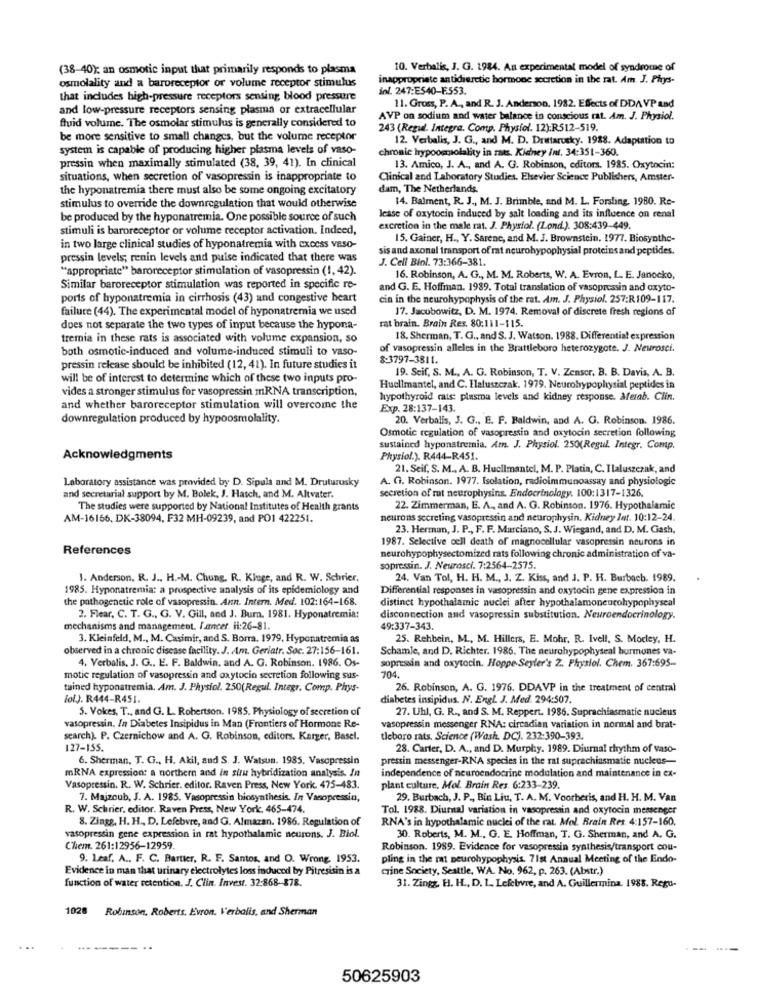
(38-40); an osmotic input that primarily responds to plasma
10. Verbalis, J. G. 1984. An experimental model of syndrome of
osmolality and a baroreceptor or volume receptor stimulus
inappropriate antidieretic hormone secretion in the rat. Am. J. Phys-
inl. 247:ES40-F.553.
that includes high-pressure receptors sensing blood pressure
and low-pressure receptors sensing plasma or extracellular
11. Gross, P. A ., and R. J. Anderson, 1982. Effects of DDA VP and
AVP on sodium and water balance in conscious rat. Am. J. Physiol.
fluid volume. The osmolar stimulus is generally considered to
243 (Regul. Integra. Comp. Physiol. 12):R512-519.
be more sensitive to small changes, but the volume receptor
12. Verbalis, J. G ., and M. D. Drattarocky. 1928. Adaptation to
system is capable of producing higher plasma levels of vaso-
chronic hrypoosmolality in rats. Kidney int. 34:351-360.
pressin when maximally stimulated (38, 39, 41). In clinical
13. Amico, J. A ., and A. G. Robinson, editors. 1985. Oxytocin:
situations, when secretion of vasopressin is inappropriate to
Clinical and Laboratory Studies. Elsevier Science Publishers, Amster-
the hyponatremia there must also be some ongoing excitatory
dam, The Netherlands.
14. Balment, R. J ., M. J. Brimble, and M. L. Forsling, 1980. Re-
stimulus to override the downregulation that would otherwise
be produced by the hyponatremia. One possible source of such
lease of oxytocin induced by salt loading and its influence on renal
stimuli is baroreceptor or volume receptor activation. Indeed,
excretion in the male rat. J. Physiol. (Lond.). 308:439-449.
15. Gainer, H ., Y. Sarene, and M. J. Brownstein, 1977. Biosynthe-
in two large clinical studies of hyponatremia with cxocss vaso-
sis and axonal transport of rat neurohypophysial proteinsand peptides.
pressin levels; renin levels and pulse indicated that there was
J. Cell Biol. 73:366-381.
"appropriate" baroreceptor stimulation of vasopressin (1, 42).
16. Robinson, A. G ., M. M. Roberts, W. A. Evron, L. E. Janocko,
Similar baroreceptor stimulation was reported in specific re-
and G. E. Hoffman. 1989. Total translation of vasopressin and oxyto-
ports of hyponatremia in cirrhosis (43) and congestive heart
cin in the neurohypophysis of the rat. Am. J. Physiol. 257:R109-117.
failure (44). The experimental model of hyponatremia we used
17. Jacobowitz, D. M. 1974. Removal of discrete fresh regions of
does not separate the two types of input because the hypona-
rat brain. Brain Res. 80:111-115.
tremia in these rats is associated with volume expansion, so
18. Sherman, T. G ., and S. J. Watson. 1988. Differential expression
both osmotic-induced and volume-induced stimuli to vaso-
of vasopressin alleles in the Brattleboro heterozygote. J. Neurosci.
8:3797-3811.
pressin release should be inhibited (12, 41). In future studies it
19. Seif, S. M ., A. G. Robinson, T. V. Zenser. B. B. Davis, A. B.
will be of interest to determine which of these two inputs pro-
vides a stronger stimulus for vasopressin mRNA transcription,
Huelimantel, and C. Haluszczak. 1979. Neurohypophysial peptides in
hypothyroid cats: plasma levels and kidney response. Merab. Clin.
and whether baroreceptor stimulation will overcome the
Exp. 28:137-143.
downregulation produced by hypoosmolality.
20. Verbalis, J. G ., E. F. Baldwin, and A. G. Robinson. 1986.
Osmotic regulation of vasopressin and oxytocin secretion following
sustained hyponatremia, Am. J. Physiol. 250(Regul. Integr. Comp.
Acknowledgments
Physiol.). R444-R451.
21. Seif, S. M ., A. B. Huclimantel, M. P. Platia, C. Ilaluszczak, and
Laboratory assistance was provided by D. Sipula and M. Druturusky
A. G. Robinson. 1977. Isolation, radioimmunoassay and physiologic
secretion of rat neurophysins. Endocrinology. 100:1317-1326.
and secretarial support by M. Bolek, J. Hasch, and M. Altvater.
The studies were supported by National Institutes of Health grants
22. Zimmerman, E. A ., and A. G. Robinson. 1976. Hypothalamic
AM-16166. DK-38094, F32 MH-09239, and PO1 422251.
neurons secreting vasopressin and neurophysin. Kidney Int. 10:12-24.
23. Herman, J. P ., F. F. Murciano, S. J. Wiegand, and D. M. Gash.
1987. Selective cell death of magnocellular vasopressin neurons in
References
neurohypophysectomized rats following chronic administration of va-
sopressin. J. Neurosci. 7:2564-2575.
J. Anderson, R. J .. H .- M. Chung. R. Kluge, and R. W. Schrier.
24. Van Tol, H. H. M ., J. Z. Kiss, and J. P. H. Burbach. 1989.
1985. Hyponatremia: a prospective analysis of its epidemiology and
Differential responses in vasopressin and oxytocin gene expression in
the pathogenetic role of vasopressin. Ann. Intern. Med. 102:164-168.
distinct hypothalamic nuclei after hypothalamusohypophyseal
2. Flear, C. T. G ., G. V. Gill, and J. Bura. 1981. Hyponatremia:
disconnection and vasopressin substitution. Neuroendocrinology.
mechanisms and management. I.ancer. Hi:26-81.
49:337-343.
3. Kleinfeld, M ., M. Casimir, and S. Borra. 1979, Hyponatremia as
25. Rehbein, M ., M. Hillers, E. Mohr. R. Ivell, S. Mocley, H.
observed in a chronic disease facility. J. Am. Geriatr. Soc. 27:156-161.
Schamle, and D. Richter. 1986. The neurohypophyseal hormones va-
4. Verbalis, J. G .. E. F. Baldwin, and A. G. Robinson. 1986. Os-
sopressin and oxytocin. Hoppe Seyler's 2. Physiol. Chem. 367:695-
704.
motic regulation of vasopressin and oxytocin secretion following sus-
tained hyponatremia. Am. J. Physiol. 250(Regul. Integr. Comp. Phys-
26. Robinson, A. G. 1976. DDAVP in the treatment of central
lolJ. R444-R451.
diabetes insipidus. N. Engl. J. Med. 294:507.
5. Vokes, T ., and G. L. Robertson. 1985. Physiology of secretion of
27. Uhl, G. R ., and S. M. Reppert. 1986. Suprachiasmatic nucleus
vasopressin. In Diabetes Insipidus in Man (Frontiers of Hormone Re-
vasopressin messenger RNA: circadian variation in normal and brat-
search). P. Czernichow and A. G. Robinson, editors. Karger, Basel.
tleboro rats. Science (Wash. DC). 232-390-393.
127-155.
28. Carter, D. A ., and D. Murphy. 1989. Diurnal rhythm of vaso-
6. Sherman, T. G ., H. Akil, and S. J. Watson. 1985. Vasopressin
pressin messenger-RNA species in the rat suprachiasmatic nucleus-
independence of neuroendocrine modulation and maintenance in ex-
mRNA expression: a northern and in situ hybridization analysis. In
Vasopressin. R. W. Schrier. editor. Raven Press, New York. 475-483.
plant culture. Mol. Brain Res. 6:233-239.
7. Majzoub, J. A. 1985. Vasopressin biosynthesis. In Vasopressin,
29. Burbach, J. P ., Bin Liu, T. A. M. Voorberis, and H. H. M. Van
R. W. Schrier, editor. Raven Press, New York. 465-474.
Tol. 1988. Diurnal variation in vasopressin and oxytocin messenger
8. Zingg, H. H ., D. Lefebvre, and G. Almazan. 1986. Regulation of
RNA's in hypothalamic nuclei of the rat. Mol. Brain Res. 4:157-160.
vasopressin gene expression in rat hypothalamic neurons. J. Biol.
30. Roberts, M. M ., G. E. Hoffman, T. G. Sherman, and A. G.
Chem. 261:12956-12959.
Robinson. 1989. Evidence for vasopressin synthesis/transport cou-
9. Leaf, A ., F. C. Bartter, R. F. Santos, and O. Wrong. 1953.
pling in the rat neurohypophysis. 71st Annual Meeting of the Endo-
Evidence in man that urinary electrolytes loss induced by Pitresisin is a
crine Society, Seattle, WA. No. 962, p. 263. (Abstr.)
function of water retention. J. Clin. Invest. 32:868-878.
31. Zings, H. H ., D. L. Lefebvre, and A. Guillermina. 1988. Regu-
1028
Robinson. Roberts, Evron. Verbalis, and Sherman
50625903